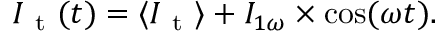
I _ { \mathrm { ~ t ~ } } ( t ) = \langle I _ { \mathrm { ~ t ~ } } \rangle + I _ { 1 \omega } \times \cos ( \omega t ) .